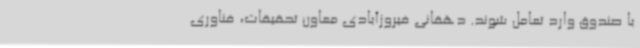
با صندوق وارد تعامل شوند. دهقانی فیروزآبادی معاون تحقیقات، فناوری